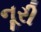
નૂરી